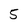
Character: 5